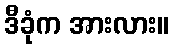
ဒီခုံက အားလား။